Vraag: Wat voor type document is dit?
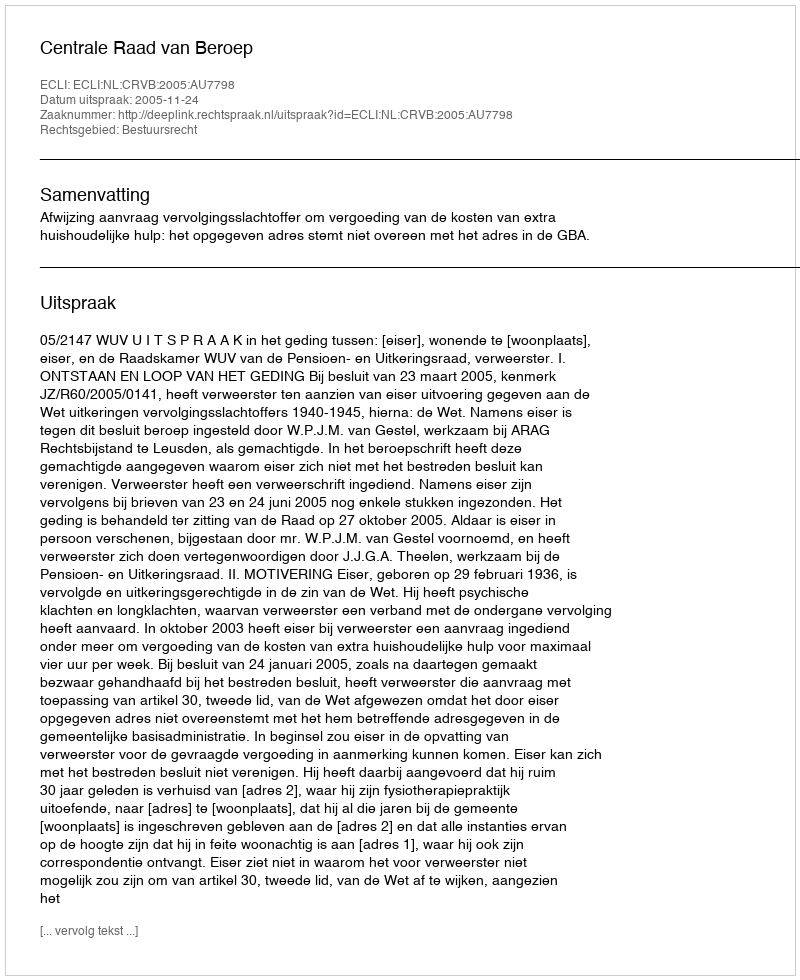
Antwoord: Uitspraak